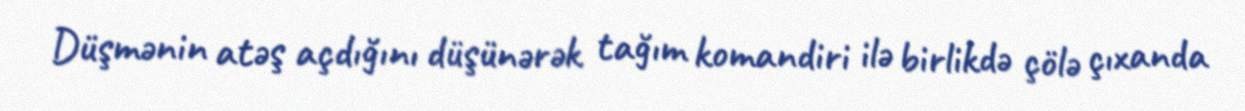
Düşmənin atəş açdığını düşünərək tağım komandiri ilə birlikdə çölə çıxanda